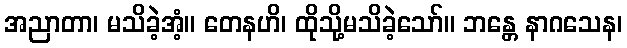
အညာတာ၊ မသိခဲ့အံ့။ တေနဟိ၊ ထိုသို့မသိခဲ့သော်။ ဘန္တေ နာဂသေန၊